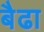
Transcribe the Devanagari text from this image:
बैढा